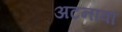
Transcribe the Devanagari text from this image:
अटनावां